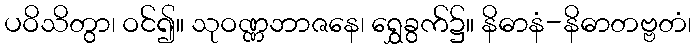
ပဝိသိတွာ၊ ဝင်၍။ သုဝဏ္ဏဘာဇနေ၊ ရွှေခွက်၌။ နိဓာနံ-နိဓာတဗ္ဗတံ၊